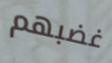
غضبهم